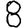
Digit: 8